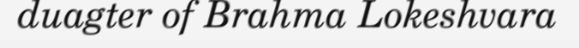
duagter of Brahma Lokeshvara